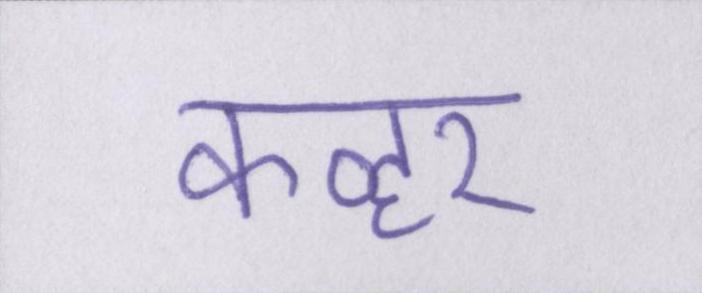
कव्हर